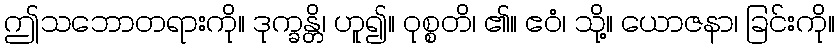
ဤသဘောတရားကို။ ဒုက္ခန္တိ၊ ဟူ၍။ ဝုစ္စတိ၊ ၏။ ဧဝံ၊ သို့။ ယောဇနာ၊ ခြင်းကို။